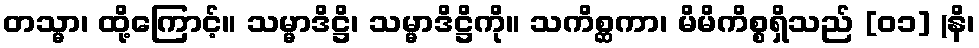
တသ္မာ၊ ထို့ကြောင့်။ သမ္မာဒိဋ္ဌိ၊ သမ္မာဒိဋ္ဌိကို။ သကိစ္ဆကာ၊ မိမိကိစ္စရှိသည် [၀၁] (နိ၊